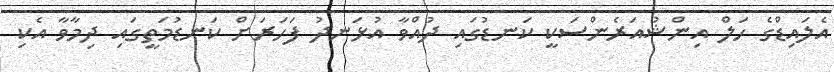
އެލައިޑްގެ ހަލް އިންޝުއަރެންސަކީ ކަނޑުގައި ދުއްވާ އުޅަނދު ފަހަރަށް ކަނޑުމަތީގައި ދިމާވާ އެކި